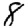
Digit: 8